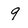
Character: 9